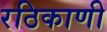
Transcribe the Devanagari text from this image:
रठिकाणी